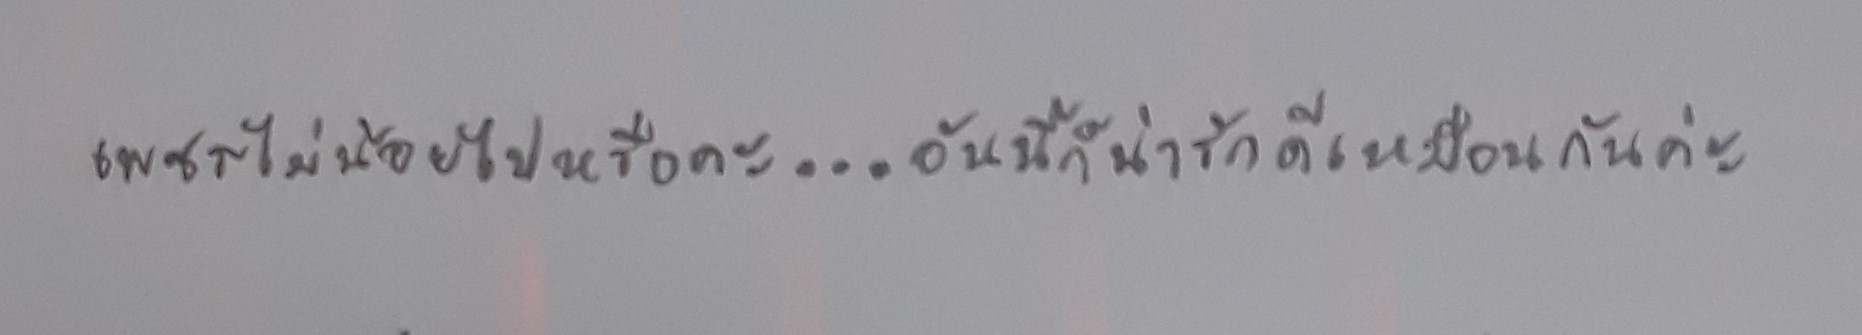
เพชรไม่น้อยไปหรือคะ...อันนี้ก็น่ารักดีเหมือนกันค่ะ